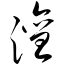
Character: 澶